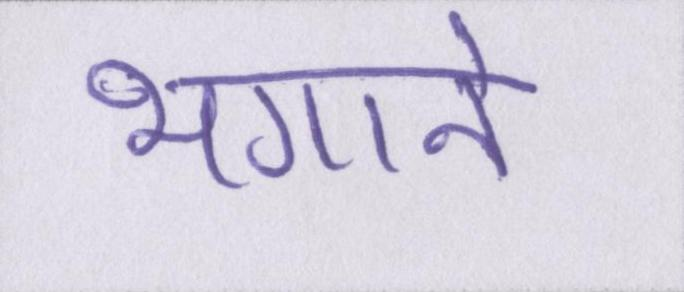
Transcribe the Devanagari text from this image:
भगाने